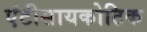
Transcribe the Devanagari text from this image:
एंटीसायकोटिक